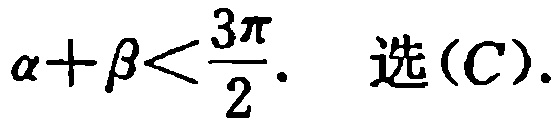
\(\alpha+\beta<\frac{3\pi}{2}.\) 选\((C)\).